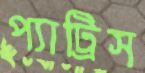
প্যাট্রিস